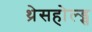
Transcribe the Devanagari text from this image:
थ्रेसहोल्ड्स